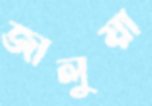
জালুয়া